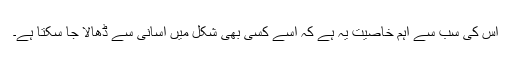
اس کی سب سے اہم خاصیت یہ ہے کہ اسے کسی بھی شکل میں آسانی سے ڈھالا جا سکتا ہے۔